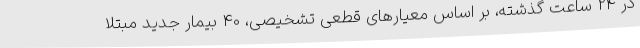
در 24 ساعت گذشته، بر اساس معیارهای قطعی تشخیصی، 40 بیمار جدید مبتلا